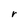
Character: r